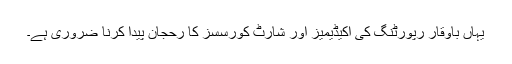
یہاں باوقار رپورٹنگ کی اکیڈیمیز اور شارٹ کورسسز کا رحجان پیدا کرنا ضروری ہے۔